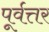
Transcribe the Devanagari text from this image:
पूर्वत्तर